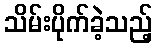
သိမ်းပိုက်ခဲ့သည့်